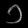
Digit: ၁